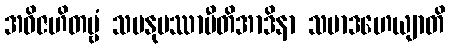
အဝိဇဟိတဗ္ဗံ သမနုပဿာမီတိအာဒိနာ သမာဒဟေယျာတိ